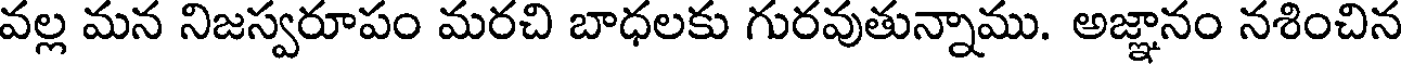
వల్ల మన నిజస్వరూపం మరచి బాధలకు గురవుతున్నాము. అజ్ఞానం నశించిన